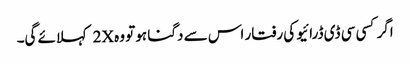
اگر کسی سی ڈی ڈرائیو کی رفتار اس سے دگنا ہو تو وہ 2X کہلائے گی۔